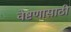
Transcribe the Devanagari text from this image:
वेष्टणासाठी